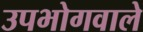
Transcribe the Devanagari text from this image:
उपभोगवाले